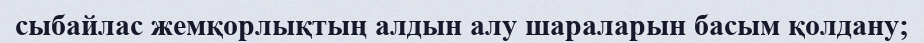
сыбайлас жемқорлықтың алдын алу шараларын басым қолдану;